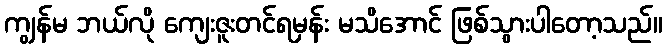
ကျွန်မ ဘယ်လို ကျေးဇူးတင်ရမှန်း မသိအောင် ဖြစ်သွားပါတော့သည်။